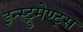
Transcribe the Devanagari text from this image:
इन्स्ट्रुमेण्ट्स